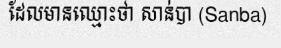
ដែលមានឈ្មោះថា សាន់បា (Sanba)